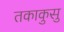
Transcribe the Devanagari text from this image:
तकाकुसु